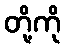
တို့ကို